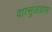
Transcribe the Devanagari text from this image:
वात्सुलग्राम